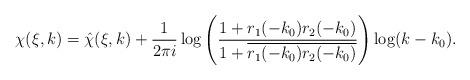
LaTeX: \begin{align*} \chi(\xi,k)=\hat{\chi}(\xi,k)+\frac{1}{2\pi i}\log\left(\frac{1+r_1(-k_0)r_2(-k_0)}{1+\overline{r_1(-k_0)r_2(-k_0)}}\right)\log(k-k_0).\end{align*}